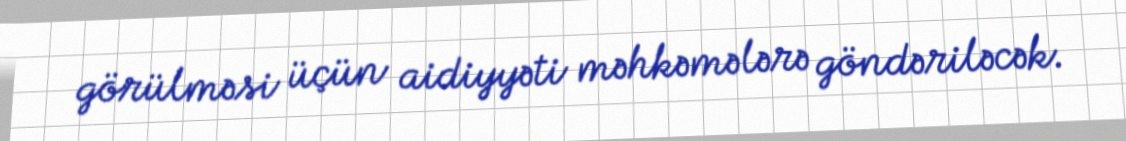
görülməsi üçün aidiyyəti məhkəmələrə göndəriləcək.